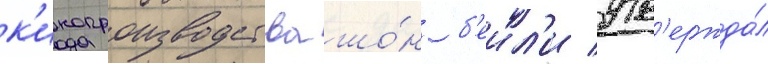
к'инопроизводства шо́н б'еил'и утв'ержда́л